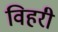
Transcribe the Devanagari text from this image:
विहरी